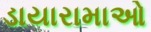
ડાયારામાઓ